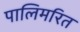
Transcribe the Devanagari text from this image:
पालिमरित